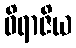
ဝိရာဇိယ